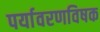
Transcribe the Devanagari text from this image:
पर्यावरणविषक